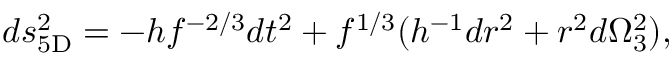
d s _ { \mathrm { 5 D } } ^ { 2 } = - h f ^ { - 2 / 3 } d t ^ { 2 } + f ^ { 1 / 3 } ( h ^ { - 1 } d r ^ { 2 } + r ^ { 2 } d \Omega _ { 3 } ^ { 2 } ) ,